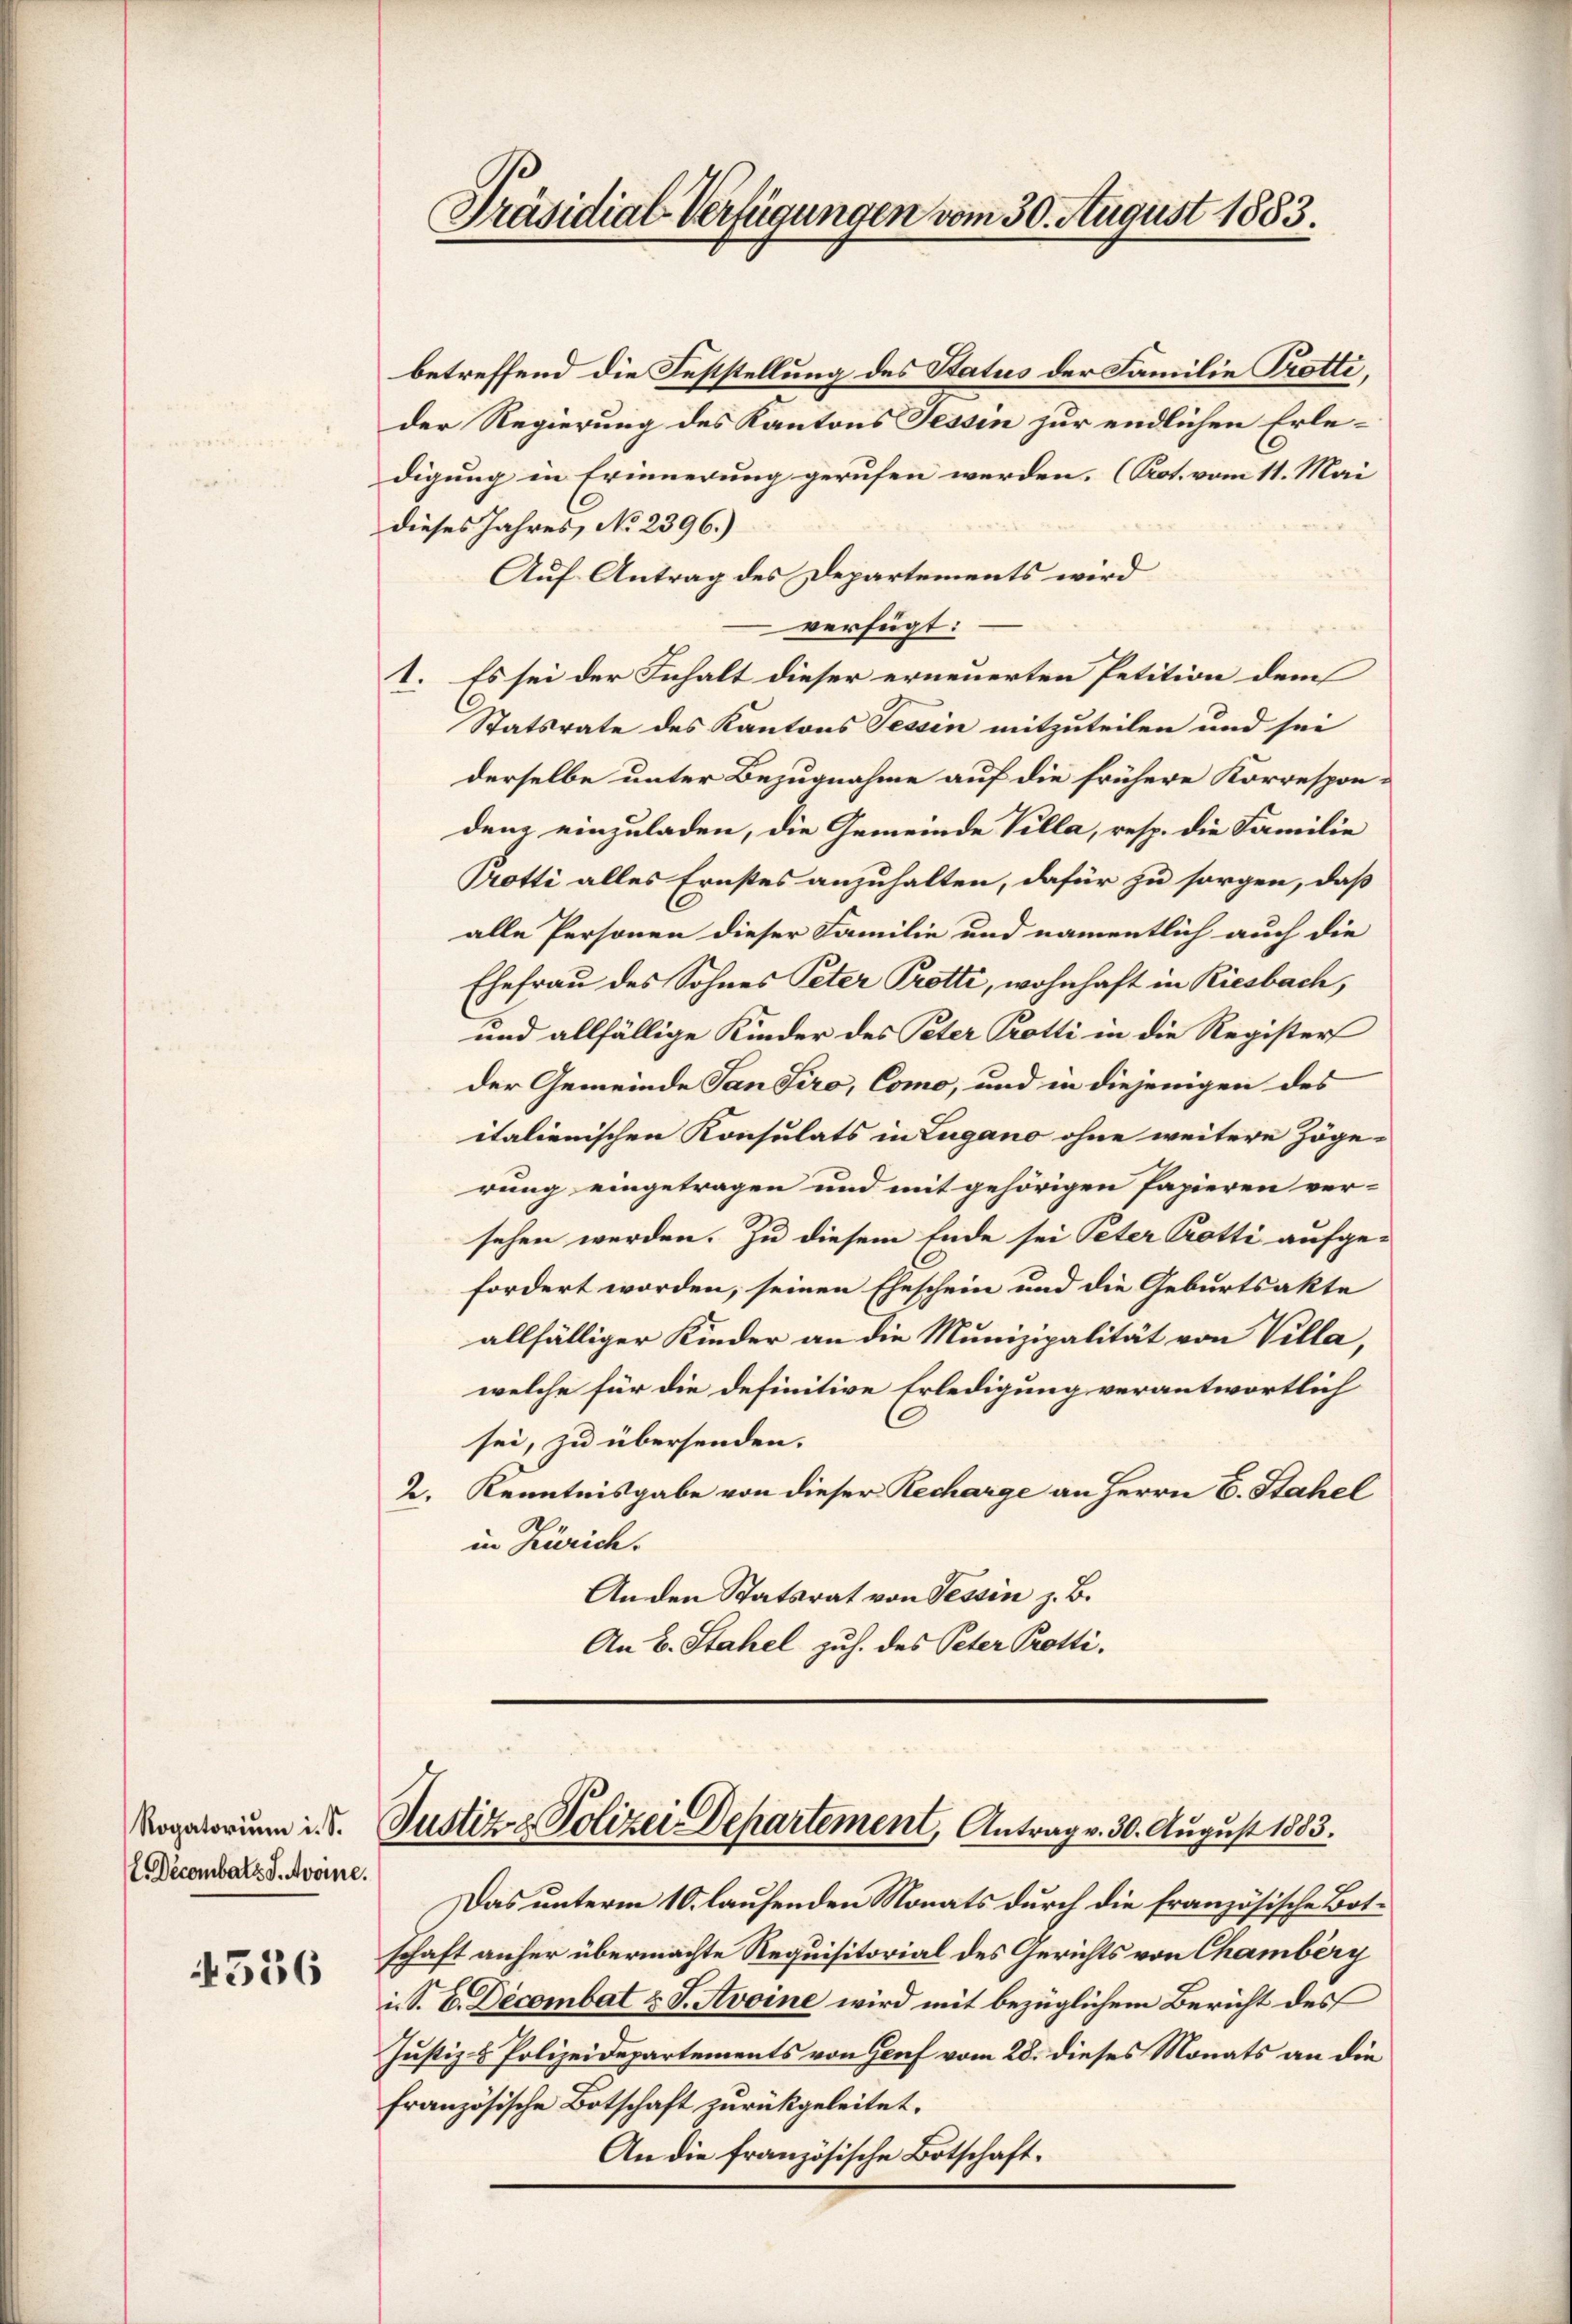
Rogatorium i. S.
L. Decombalz S. Avoine.
4556

Präsidial-Verfügungen vom 30. August 1883.

betreffend die Feststellung des Status der Familie Trotti,
der Regierung des Kantons Tessin zur endlichen Erledigung in Erinnerung gerufen werden. (Prot. vom 11. Mai
dieses Jahres, No 2396.)
Auf Antrag des Departements wird
verfügt:
1. Es sei der Inhalt dieser erneuerten Petition dem
Statsrate des Kantons Tessin mitzuteilen und sei
derselbe unter Bezugnahme auf die frühere Korrespondem einzuladen, die Gemeinde Villa, resp. die Familie
Protti alles Ernstes anzuhalten, dafür zu sorgen, daß
alle Personen dieser Familie und namentlich auch die
Ehefrau des Sohnes Peter Protti, wohnhaft in Riesbach,
und allfällige Kinder des Peter Protti in die Register
der Gemeinde San Siro, Como, und in diejenigen des
italienischen Konsulats in Lugano ohne weitere Zöge-
rung eingetragen und mit gehörigen Papieren ver-
sehen werden. Zu diesem Ende sei Peter Trotti aufge-
fordert worden, seinen Eheschein und die Geburtsakte
allfälliger Kinder an die Munizipalität von Villa,
welche für die definitive Erledigung verantwortlich
sei, zu übersenden.
2. Kenntnisgabe von dieser Recharge an Herrn C. Stahel
in Zürich.
Anden Statsrat von Tessin z. B.
An B. Stahel zuh. des Peter Protti.

Justiz- & Polizei Departement, Antrag v. 30. August 1883.

Das unterm 10. laufenden Monats durch die französische Botschaft anher übermachte Requisitorial des Gerichts von Chamberg
i. S. E. Decombat u. J. Avoine wird mit bezüglichem Bericht des
Justiz- & Polizeidepartements von Graf vom 28. dieses Monats an die
französische Botschaft zurückgeleitet.
An die französische Botschaft.